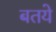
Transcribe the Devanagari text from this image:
बतये